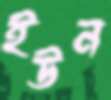
ইউন